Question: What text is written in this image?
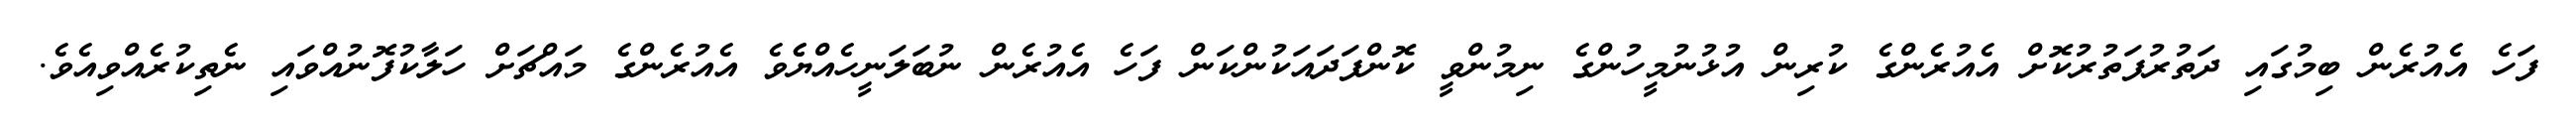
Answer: ފަހެ އެއުރެން ބިމުގައި ދަތުރުފަތުރުކޮށް އެއުރެންގެ ކުރިން އުޅުނުމީހުންގެ ނިމުންވީ ކޮންފަދައަކުންކަން ފަހެ އެއުރެން ނުބަލަނީހެއްޔެެވެ އެއުރެންގެ މައްޗަށް ހަލާކުފޮނުއްވައި ނެތިކުރެއްވިއެވެ.